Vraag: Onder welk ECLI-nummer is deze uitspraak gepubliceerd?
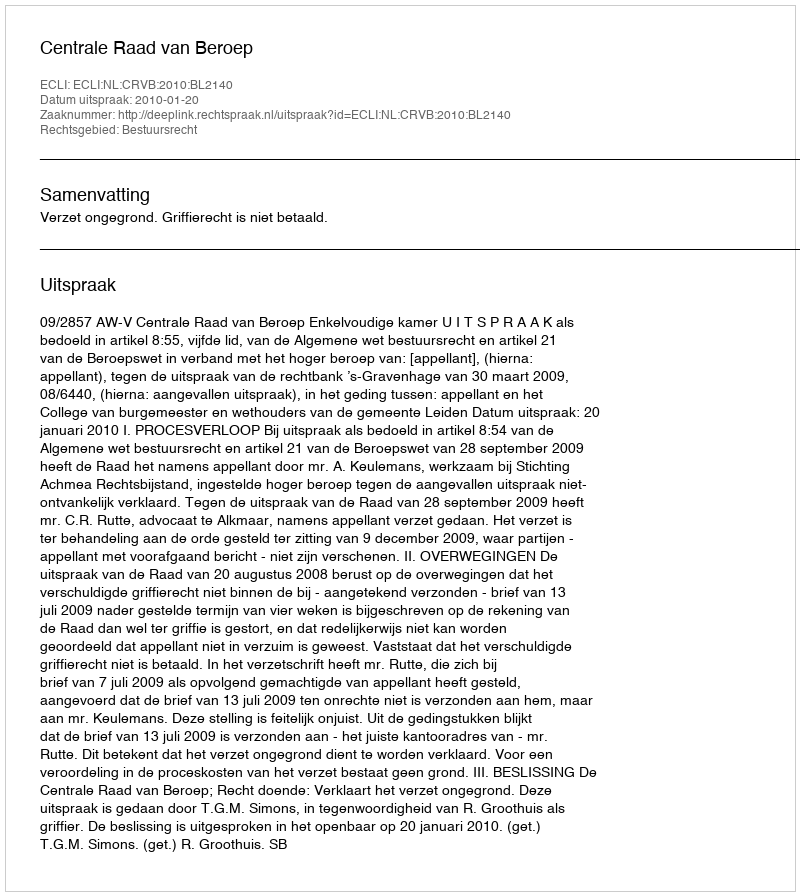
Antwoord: ECLI:NL:CRVB:2010:BL2140